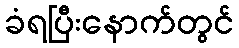
ခံရပြီးနောက်တွင်